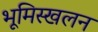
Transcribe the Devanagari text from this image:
भूमिस्खलन